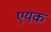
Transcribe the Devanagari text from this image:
एयक